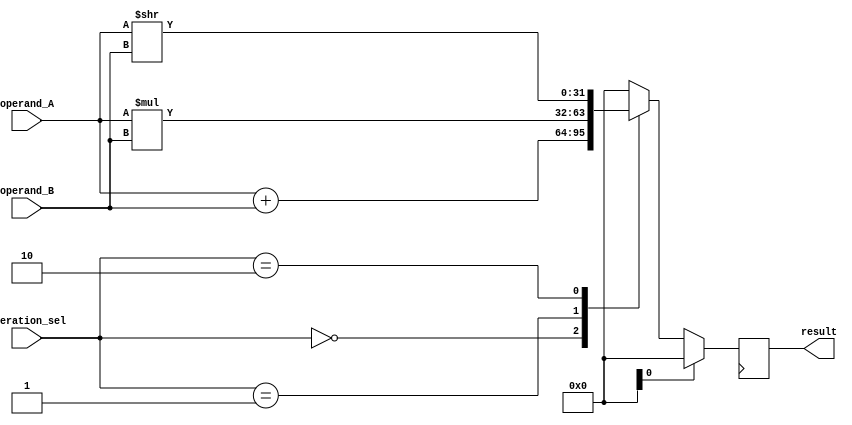
module single_precision_floating_point_unit (
    input [31:0] operand_A,
    input [31:0] operand_B,
    input [1:0] operation_sel, // Selects the operation to be performed
    output reg [31:0] result
);

// Define constants for IEEE 754 standard
parameter EXPONENT_WIDTH = 8;
parameter FRACTION_WIDTH = 23;
parameter BIAS = 127;

// Define components such as adder, multiplier, shifter, and logic gates

// Adder
reg [31:0] add_result;
always @*
    add_result = operand_A + operand_B;

// Multiplier
reg [31:0] mul_result;
always @*
    mul_result = operand_A * operand_B;

// Shifter
reg [31:0] shift_result;
always @*
    shift_result = (operation_sel == 0) ? (operand_A << operand_B) : (operand_A >> operand_B);

// Logic gates

// Registers for input and output data
reg [31:0] reg_operand_A;
reg [31:0] reg_operand_B;
always @ (posedge clk)
    if (reset)
        begin
            reg_operand_A <= 32'b0;
            reg_operand_B <= 32'b0;
            result <= 32'b0;
        end
    else
        begin
            reg_operand_A <= operand_A;
            reg_operand_B <= operand_B;

            // Perform the selected operation
            case(operation_sel)
                2'b00: result <= add_result; // Add
                2'b01: result <= mul_result; // Multiply
                2'b10: result <= shift_result; // Shift
                default: result <= 32'b0; // Default to 0
            endcase
        end

// Control signals for operation selection

// Status flags for error detection and handling

endmodule